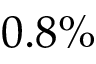
0 . 8 \%